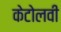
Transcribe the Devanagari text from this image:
केटोलवी